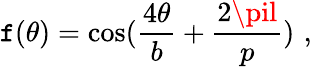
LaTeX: \mathtt{f}(\theta)=\mathrm{{cos}}(\frac{{4\theta}}{{b}}+\frac{{2\pil}}{{p}})\, \, ,